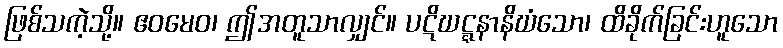
ဖြစ်သကဲ့သို့။ ဧဝမေဝ၊ ဤအတူသာလျှင်။ ပဋိဃဋ္ဋနာနိဃံသော၊ ထိခိုက်ခြင်းဟူသော